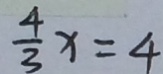
\frac { 4 } { 3 } x = 4